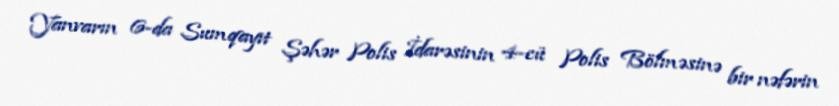
Yanvarın 6-da Sumqayıt Şəhər Polis İdarəsinin 4-cü Polis Bölməsinə bir nəfərin